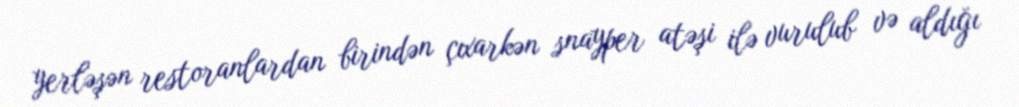
yerləşən restoranlardan birindən çıxarkən snayper atəşi ilə vurulub və aldığı